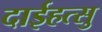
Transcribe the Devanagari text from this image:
दाईहत्सु